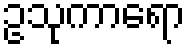
ဥသုကာရော